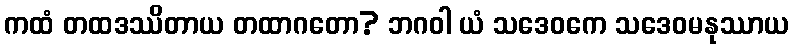
ကထံ တထဒဿိတာယ တထာဂတော? ဘဂဝါ ယံ သဒေဝကေ သဒေဝမနုဿာယ